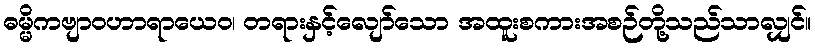
ဓမ္မိကဗျာဝဟာရာယေဝ၊ တရားနှင့်လျော်သော အထူးစကားအစဉ်တို့သည်သာလျှင်။